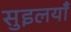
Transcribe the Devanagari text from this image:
सुइलयाँ